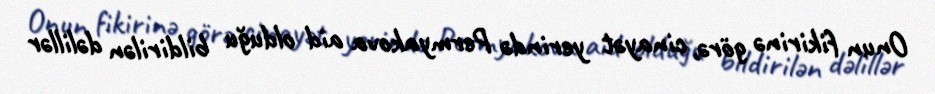
Onun fikirinə görə, cinayət yerində Permyakova aid olduğu bildirilən dəlillər